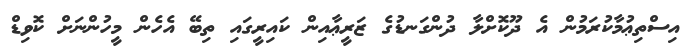
އިސްތިޢުމާކުރަމުން އެ ދޫކޮށްލާ ދުންގަނޑުގެ ޒަރީޢާއިން ކައިރީގައި ތިބޭ އެހެން މީހުންނަށް ކޮވިޑް